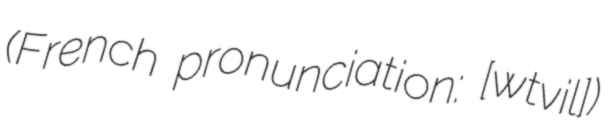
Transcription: (French pronunciation: ​[wɛtvil])